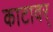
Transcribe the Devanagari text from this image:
काटावर्